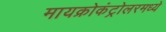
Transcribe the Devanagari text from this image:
मायक्रोकंट्रोलरमध्ये